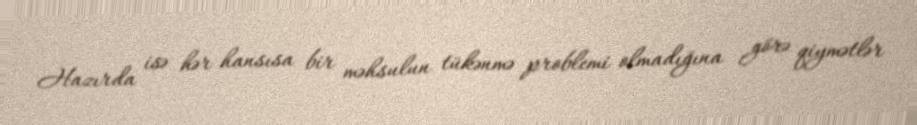
Hazırda isə hər hansısa bir məhsulun tükənmə problemi olmadığına görə qiymətlər